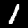
Label: 1